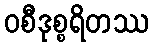
ဝစီဒုစ္စရိတဿ